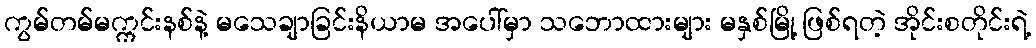
ကွမ်တမ်မက္ကင်းနစ်နဲ့ မသေချာခြင်းနိယာမ အပေါ်မှာ သဘောထားများ မနှစ်မြို့ ဖြစ်ရတဲ့ အိုင်းစတိုင်းရဲ့